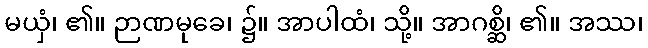
မယှံ၊ ၏။ ဉာဏမုခေ၊ ၌။ အာပါထံ၊ သို့။ အာဂစ္ဆိ၊ ၏။ အဿ၊